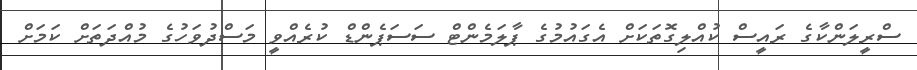
ސްރީލަންކާގެ ރައީސް ކުއްލިގޮތަކަށް އެގައުމުގެ ޕާލަމެންޓް ސަސަޕެންޑް ކުރެއްވީ މަސްދުވަހުގެ މުއްދަތަށް ކަމަށް